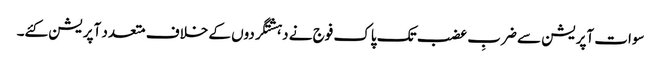
سوات آپریشن سے ضربِ عضب تک پاک فوج نے دہشتگردوں کے خلاف متعدد آپریشن کئے۔